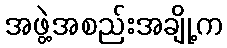
အဖွဲ့အစည်းအချို့က